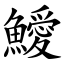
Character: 鱫